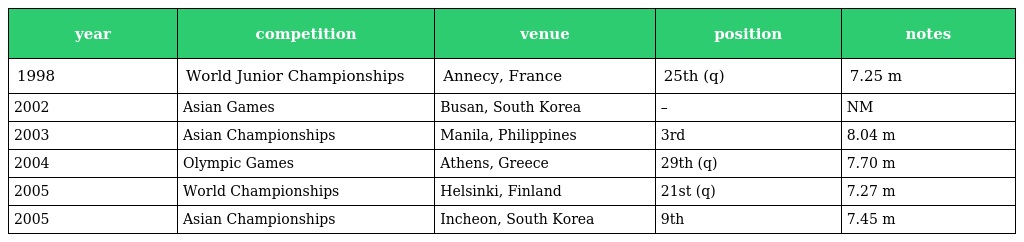
| year | competition | venue | position | notes |
 | --- | --- | --- | --- | --- |
 | 1998 | World Junior Championships | Annecy, France | 25th (q) | 7.25 m |
 | 2002 | Asian Games | Busan, South Korea | – | NM |
 | 2003 | Asian Championships | Manila, Philippines | 3rd | 8.04 m |
 | 2004 | Olympic Games | Athens, Greece | 29th (q) | 7.70 m |
 | 2005 | World Championships | Helsinki, Finland | 21st (q) | 7.27 m |
 | 2005 | Asian Championships | Incheon, South Korea | 9th | 7.45 m |